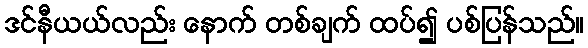
ဒင်နီယယ်လည်း နောက် တစ်ချက် ထပ်၍ ပစ်ပြန်သည်။